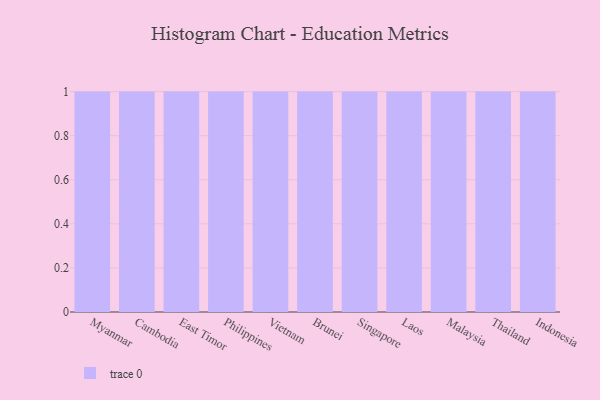
{"axis": {"x": "Country", "y": "Customer Acquisition Cost (USD)"}, "legend": [""], "data": [{"x": "Myanmar", "y": 94, "type": ""}, {"x": "Cambodia", "y": 18, "type": ""}, {"x": "East Timor", "y": 66, "type": ""}, {"x": "Philippines", "y": 37, "type": ""}, {"x": "Vietnam", "y": 15, "type": ""}, {"x": "Brunei", "y": 4, "type": ""}, {"x": "Singapore", "y": 50, "type": ""}, {"x": "Laos", "y": 28, "type": ""}, {"x": "Malaysia", "y": 6, "type": ""}, {"x": "Thailand", "y": 76, "type": ""}, {"x": "Indonesia", "y": 36, "type": ""}]}